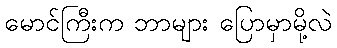
မောင်ကြီးက ဘာများ ပြောမှာမို့လဲ